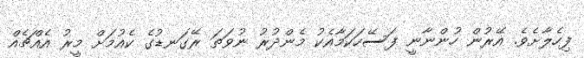
ފިހެލާށެވެ. އޭރުން ހުންނާނީ ފަސޭހަކަމާއެކު މެންދުރު ނުވަތަ ރޭގަނޑުގެ ކެއުމަށް މީރު އެއްޗެއް